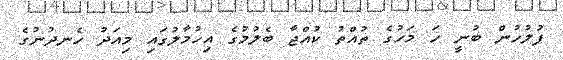
ފުލުހުން ބުނީ ހަ މަހުގެ ތުއްތު ކުއްޖާ ބެލުމުގެ އިހުމާލުގައި މިއަދު ހެނދުނުގެ